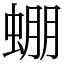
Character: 𧌇